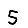
Digit: 5